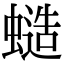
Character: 䗢